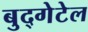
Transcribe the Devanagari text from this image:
बुद्गेटेल